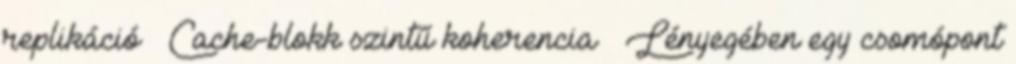
replikáció ● Cache-blokk szintű koherencia ● Lényegében egy csomópont